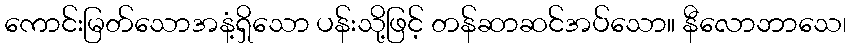
ကောင်းမြတ်သောအနံ့ရှိသော ပန်းသို့ဖြင့် တန်ဆာဆင်အပ်သော။ နီလောဘာသေ၊